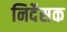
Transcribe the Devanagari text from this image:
निर्देसक